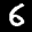
Label: 6